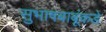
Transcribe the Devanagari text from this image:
सुभाषबाबूंकडे